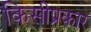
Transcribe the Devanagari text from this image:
किसीप्रकार